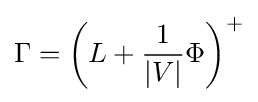
\Gamma =\left(L+{\frac {1}{|V|}}\Phi \right)^{+}